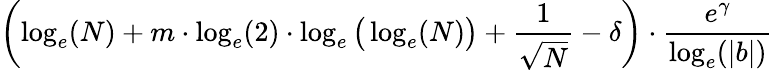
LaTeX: \left(\log_{e}(N)+m\cdot\log_{e}(2)\cdot\log_{e}{\big(}\log_{e}(N){\big)}+{\frac{1}{\sqrt{N}}}-\delta\right)\cdot{\frac{e^{\gamma}}{\log_{e}(|b|)}}